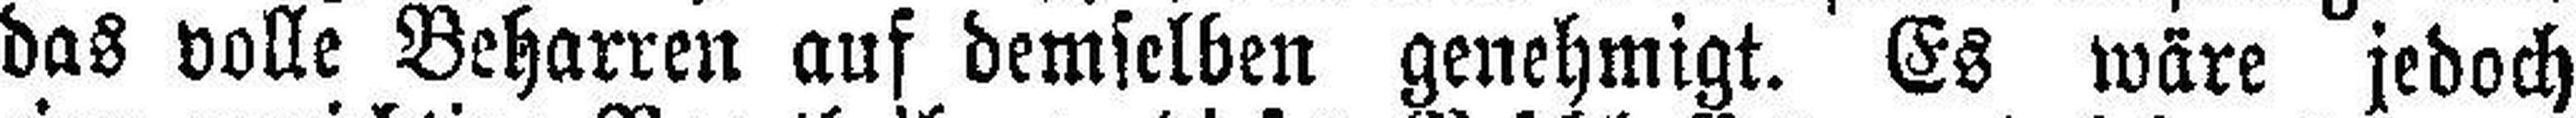
das volle Beharren auf demselben genehmigt. Es wäre jedoch